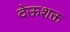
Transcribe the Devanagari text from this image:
देऊशक्त